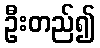
ဦးတည်၍